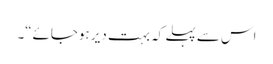
اس سے پہلے کہ بہت دیر ہوجائے“۔